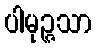
ပါမုဉ္ဇသာ